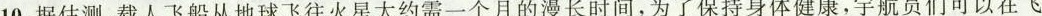
10.据估测，载人飞船从地球飞往火星大约需一个月的漫长时间，为了保持身体健康，宇航员们可以在飞